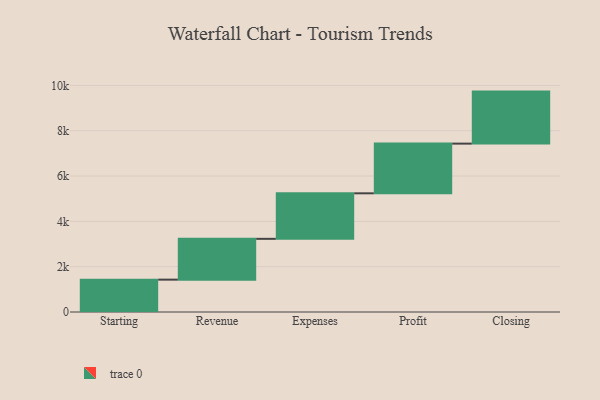
{"axis": {"x": "Step", "y": "Value"}, "legend": [""], "data": [{"x": "Starting", "y": 1428.0, "type": ""}, {"x": "Revenue", "y": 1801.0, "type": ""}, {"x": "Expenses", "y": 2009.0, "type": ""}, {"x": "Profit", "y": 2193.0, "type": ""}, {"x": "Closing", "y": 2296.0, "type": ""}]}